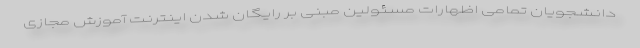
دانشجویان تمامی اظهارات مسئولین مبنی بر رایگان شدن اینترنت آموزش مجازی